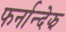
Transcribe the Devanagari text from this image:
फर्नान्देझ